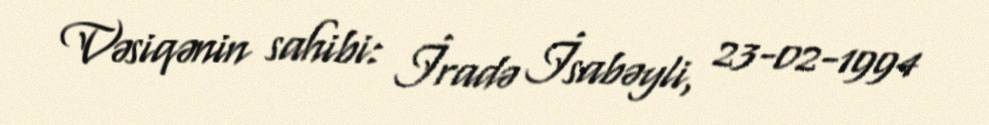
Vəsiqənin sahibi: İradə İsabəyli, 23-02-1994